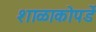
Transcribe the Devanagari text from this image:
शाळाकोपर्डे